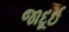
જાદૂઈ